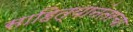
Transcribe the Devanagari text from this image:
साहित्यानंतरचा